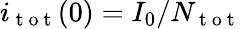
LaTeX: i_{\mathrm{~t~o~t~}}(0)=I_{0}/N_{\mathrm{~t~o~t~}}